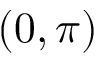
( 0 , \pi )